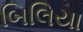
બિલિયા